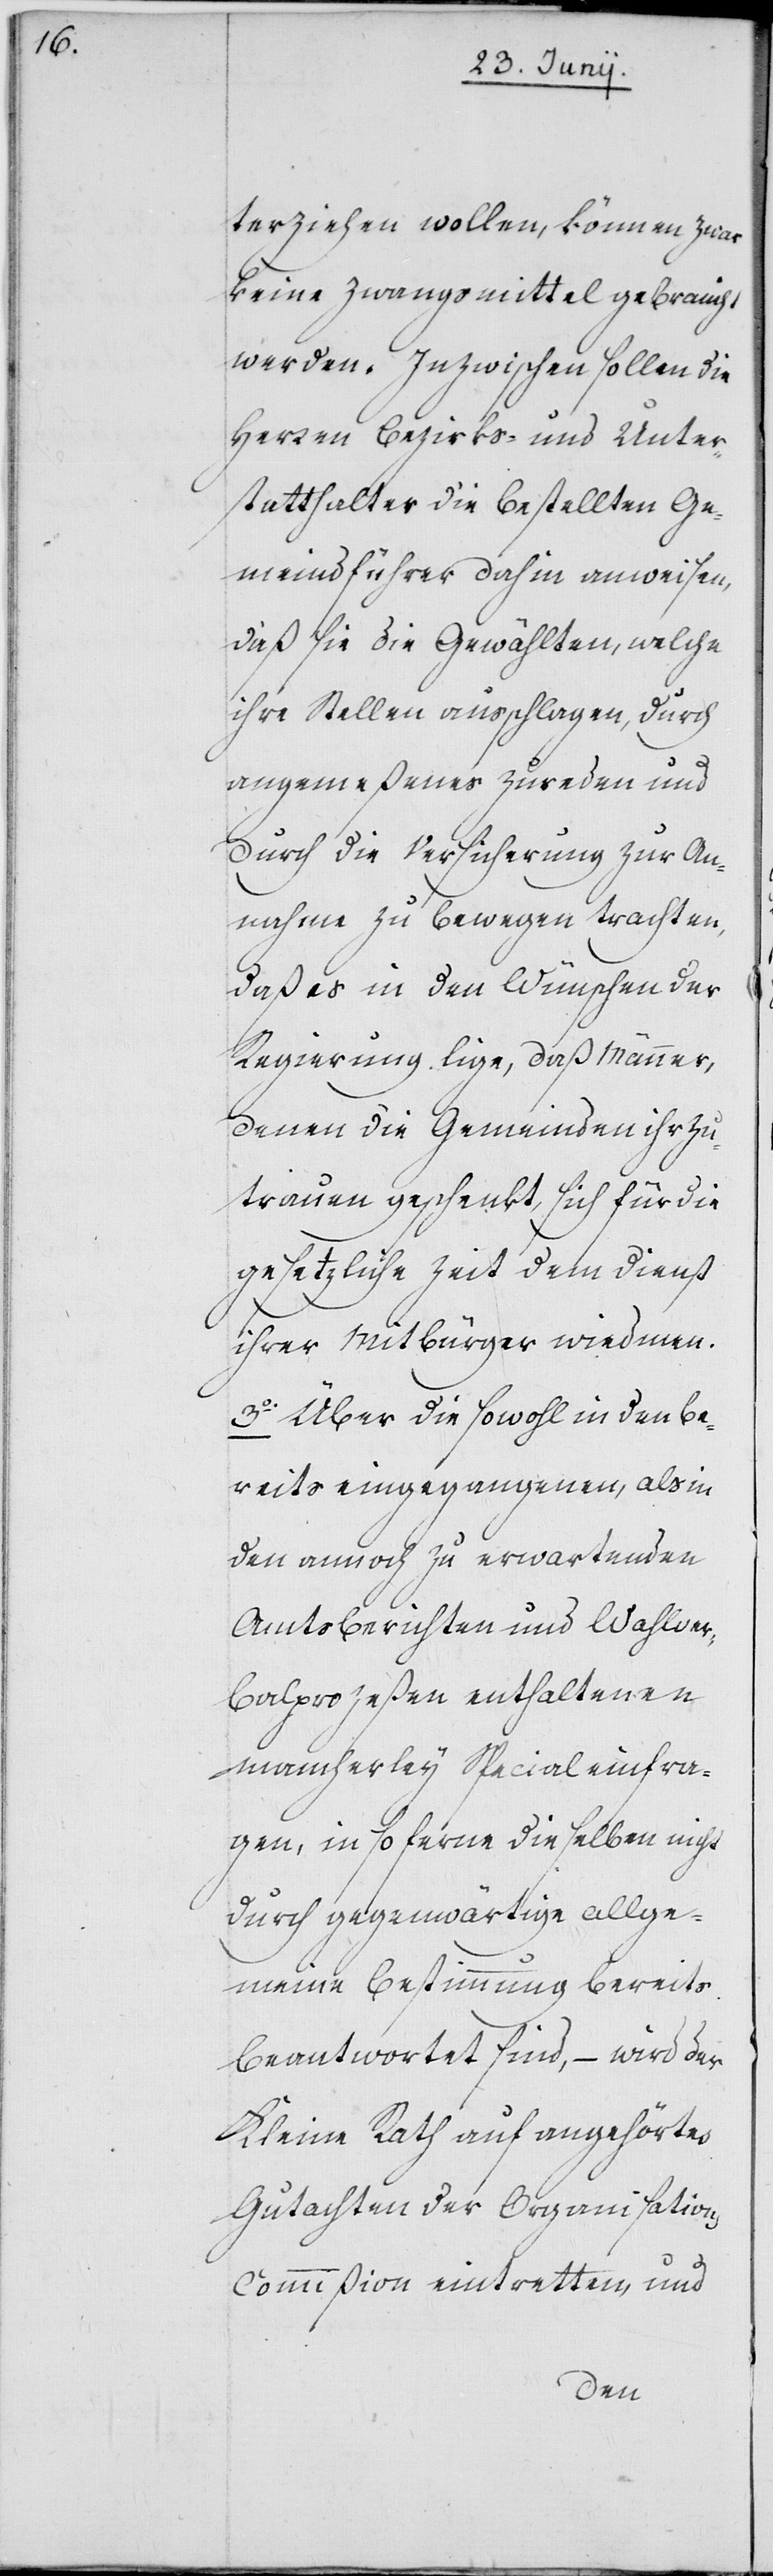
terziehen wollen, können zwar
keine Zwangsmittel gebraucht
werden. Inzwischen sollen die
Herren Bezirks- und Unter¬
statthalter die bestellten Ge¬
meindführer dahin anweisen,
daß sie die Gewählten, welche
ihre Stellen ausschlagen, durch
angemeßenes Zureden und
durch die Versicherung zur An¬
nahme zu bewegen trachten,
daß es in den Wünschen der
Regierung liege, daß Männer,
denen die Gemeinden ihr Zu¬
trauen geschenkt, sich für die
gesetzliche Zeit dem Dienst
ihrer Mitbürger wiedmen.
3o Über die sowohl in den be¬
reits eingegangenen, als in
den annoch zu erwartenden
Amtsberichten und Wahlver¬
balprozeßen enthaltenen
mancherley Specialeinfra¬
gen, insoferne dieselben nicht
durch gegenwärtige allge¬
meine Bestimmung bereits
beantwortet sind, – wird der
Kleine Rath auf angehörtes
Gutachten der Organisation¬
s-Commißion eintretten, und